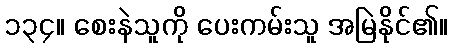
၁၃၄။ စေးနဲသူကို ပေးကမ်းသူ အမြဲနိုင်၏။